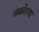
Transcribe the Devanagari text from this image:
नकोश्या